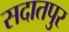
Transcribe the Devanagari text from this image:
सदातपुर